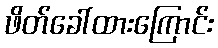
ဖိတ်ခေါ်ထားကြောင်း